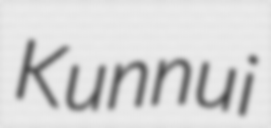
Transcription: Kunnui